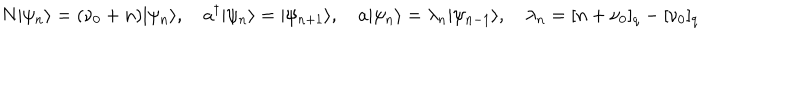
N | \psi _ { n } \rangle = ( \nu _ { 0 } + n ) | \psi _ { n } \rangle , \quad a ^ { \dagger } | \psi _ { n } \rangle = | \psi _ { n + 1 } \rangle , \quad a | \psi _ { n } \rangle = \lambda _ { n } | \psi _ { n - 1 } \rangle , \quad \lambda _ { n } = [ n + \nu _ { 0 } ] _ { q } - [ \nu _ { 0 } ] _ { q }